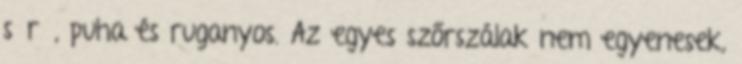
sűrű, puha és ruganyos. Az egyes szőrszálak nem egyenesek,